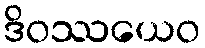
ဒိဝဿယေဝ